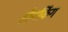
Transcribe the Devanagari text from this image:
होमकिंग